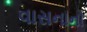
વાસનાનો